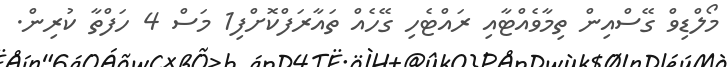
މޯލްޑިވް ގޭސްއިން ތިމާވެއްޓާއި ރައްޓެހި ގޭހެއް ތައާރަފްކޮށްފި1 މަސް 4 ހަފްތާ ކުރިން.